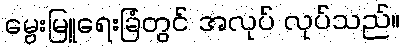
မွေးမြူရေးခြံတွင် အလုပ် လုပ်သည်။